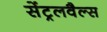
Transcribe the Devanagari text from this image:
सेंट्रलवैल्स